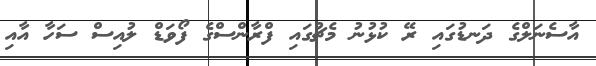
އާސެނަލްގެ ދަނޑުގައި ރޭ ކުޅުނު މެޗުގައި ފްރާންސްގެ ފޯވަޑް ލުއިސް ސަހާ އާއި